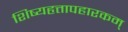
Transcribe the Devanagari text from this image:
शिष्यहृत्तापहारकम्